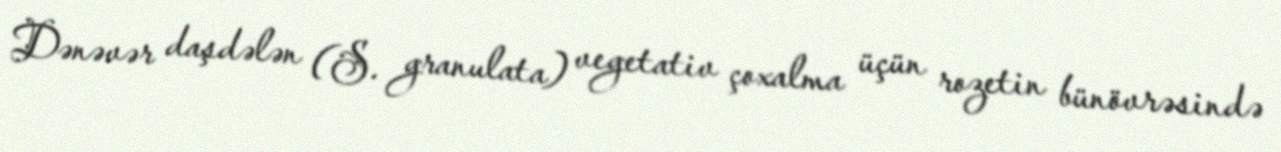
Dənəvər daşdələn (S. granulata) vegetativ çoxalma üçün rozetin bünövrəsində